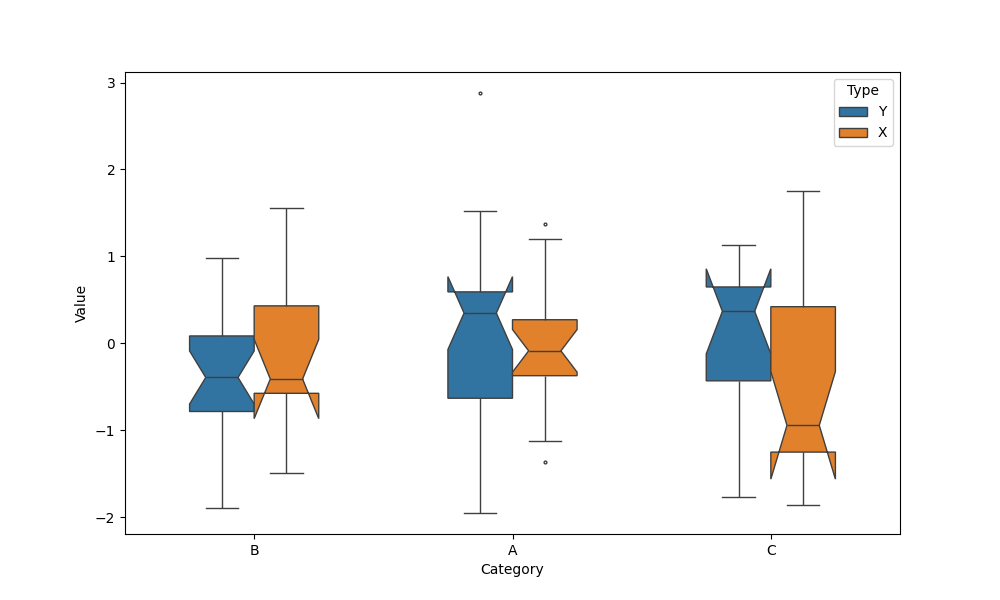
python, seaborn, boxplot, width=0.5, linewidth=1, fliersize=2, notch=True